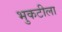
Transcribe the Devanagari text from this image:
भुकटीला